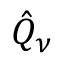
\hat { Q } _ { \nu }